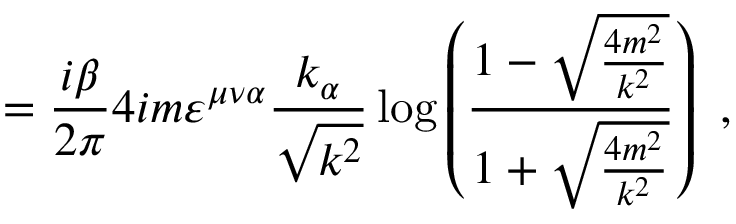
= \frac { i \beta } { 2 \pi } 4 i m \varepsilon ^ { \mu \nu \alpha } \frac { k _ { \alpha } } { \sqrt { k ^ { 2 } } } \log \left( \frac { 1 - \sqrt { \frac { 4 m ^ { 2 } } { k ^ { 2 } } } } { 1 + \sqrt { \frac { 4 m ^ { 2 } } { k ^ { 2 } } } } \right) \, \, ,